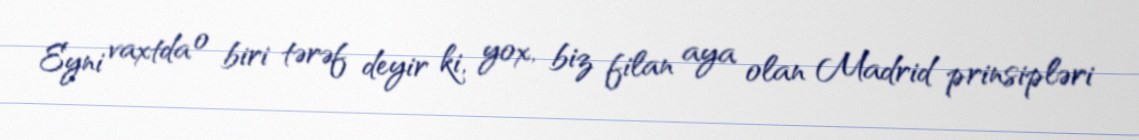
Eyni vaxtda o biri tərəf deyir ki, yox, biz filan aya olan Madrid prinsipləri